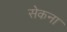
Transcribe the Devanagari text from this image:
सेकना